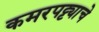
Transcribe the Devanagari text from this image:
कमरपट्ट्याचे